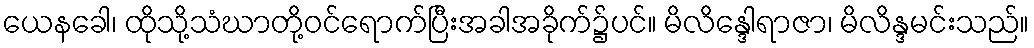
ယေနခေါ၊ ထိုသို့သံဃာတို့ဝင်ရောက်ပြီးအခါအခိုက်၌ပင်။ မိလိန္ဒေါရာဇာ၊ မိလိန္ဒမင်းသည်။